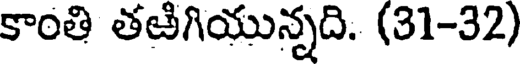
కాంతి తఱిగియున్నది. (31-32)